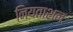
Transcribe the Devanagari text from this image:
नियताशनः